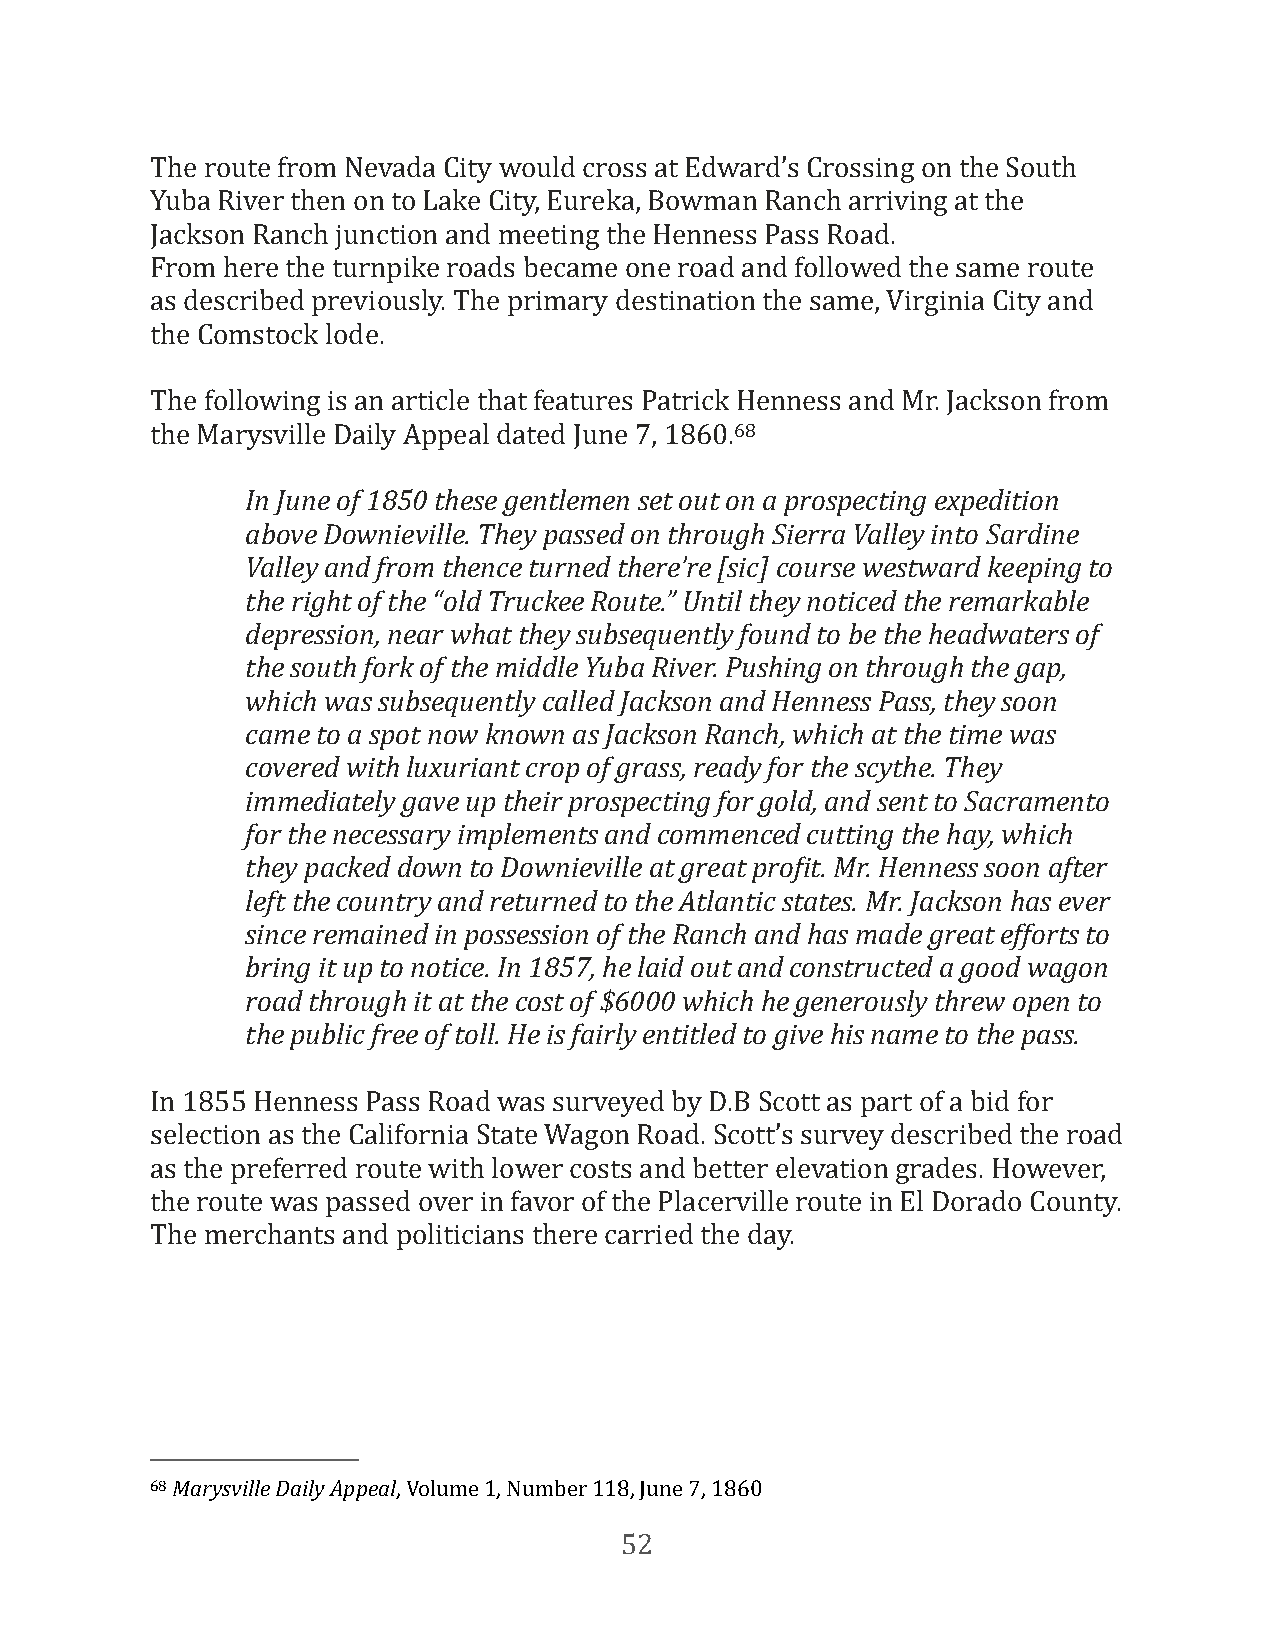
The route from Nevada City would cross at Edward’s Crossing on the South
 Yuba River then on to Lake City, Eureka, Bowman Ranch arriving at the
 Jackson Ranch junction and meeting the Henness Pass Road.
 From here the turnpike roads became one road and followed the same route
 as described previously. The primary destination the same, Virginia City and
 the Comstock lode.
 The following is an article that features Patrick Henness and Mr. Jackson from
 the Marysville Daily Appeal dated June 7, 1860.68
 In June of 1850 these gentlemen set out on a prospecting expedition
 above Downieville. They passed on through Sierra Valley into Sardine
 Valley and from thence turned there’re [sic] course westward keeping to
 the right of the “old Truckee Route.” Until they noticed the remarkable
 depression, near what they subsequently found to be the headwaters of
 the south fork of the middle Yuba River. Pushing on through the gap,
 which was subsequently called Jackson and Henness Pass, they soon
 came to a spot now known as Jackson Ranch, which at the time was
 covered with luxuriant crop of grass, ready for the scythe. They
 immediately gave up their prospecting for gold, and sent to Sacramento
 for the necessary implements and commenced cutting the hay, which
 they packed down to Downieville at great proeit. Mr. Henness soon after
 left the country and returned to the Atlantic states. Mr. Jackson has ever
 since remained in possession of the Ranch and has made great efforts to
 bring it up to notice. In 1857, he laid out and constructed a good wagon
 road through it at the cost of $6000 which he generously threw open to
 the public free of toll. He is fairly entitled to give his name to the pass.
 In 1855 Henness Pass Road was surveyed by D.B Scott as part of a bid for
 selection as the California State Wagon Road. Scott’s survey described the road
 as the preferred route with lower costs and better elevation grades. However,
 the route was passed over in favor of the Placerville route in El Dorado County.
 The merchants and politicians there carried the day.
 68 Marysville Daily Appeal, Volume 1, Number 118, June 7, 1860
 52